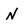
Character: N